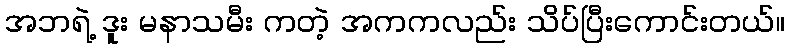
အဘရဲ့ ဒူး မနာသမီး ကတဲ့ အကကလည်း သိပ်ပြီးကောင်းတယ်။